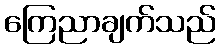
ကြေညာချက်သည်